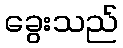
ခွေးသည်